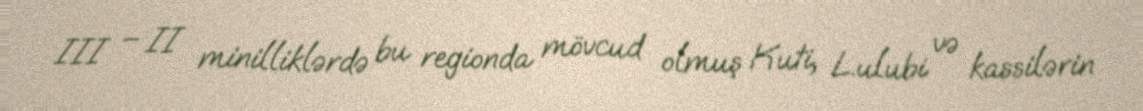
III – II minilliklərdə bu regionda mövcud olmuş Kuti, Lulubi və kassilərin